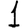
Digit: 1